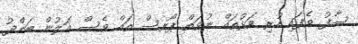
ސާފު ވެފައި ހުރި ވަޅުތައް ނުވަތް ޕޯރސް ތައް ވެސް އަލުން ބަންދު